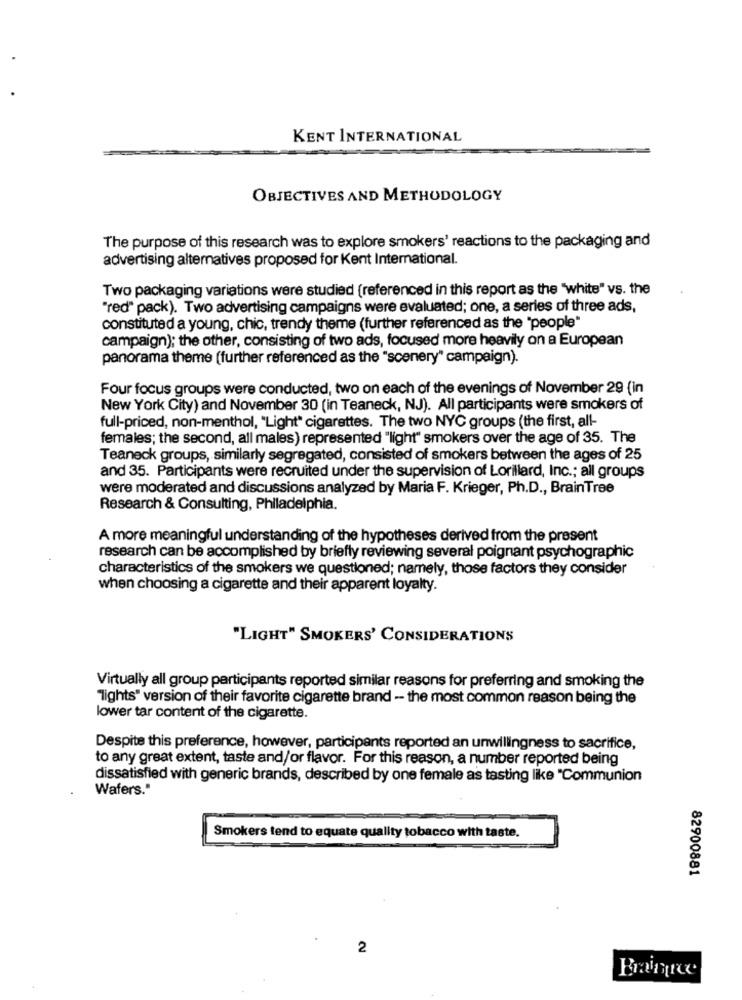
KENT INTERNATIONAL
OBJECTIVES AND METHODOLOGY
The purpose of this research was to explore smokers' reactions to the packaging and
advertising alternatives proposed for Kent International.
Two packaging variations were studied (referenced in this report as the "white" vs. the
"red" pack). Two advertising campaigns were evaluated; one, a series of three ads,
constituted a young, chic, trendy theme (further referenced as the "people"
campaign); the other, consisting of two ads, focused more heavily on a European
panorama theme (further referenced as the "scenery" campaign).
Four focus groups were conducted, two on each of the evenings of November 29 (in
New York City) and November 30 (in Teaneck, NJ). All participants were smokers of
full-priced, non-menthol, "Light" cigarettes. The two NYC groups (the first, all-
females; the second, all males) represented "light" smokers over the age of 35. The
Teaneck groups, similarly segregated, consisted of smokers between the ages of 25
and 35. Participants were recruited under the supervision of Lorillard, Inc .; all groups
were moderated and discussions analyzed by Maria F. Krieger, Ph.D ., BrainTree
Research & Consulting, Philadelphia.
A more meaningful understanding of the hypotheses derived from the present
research can be accomplished by briefly reviewing several poignant psychographic
characteristics of the smokers we questioned; namely, those factors they consider
when choosing a cigarette and their apparent loyalty.
"LIGHT" SMOKERS' CONSIDERATIONS
Virtually all group participants reported similar reasons for preferring and smoking the
"Tights" version of their favorite cigarette brand - the most common reason being the
lower tar content of the cigarette.
Despite this preference, however, participants reported an unwillingness to sacrifice,
to any great extent, taste and/or flavor. For this reason, a number reported being
dissatisfied with generic brands, described by one female as tasting like "Communion
Wafers."
Smokers tend to equate quality tobacco with taste.
82900881
2